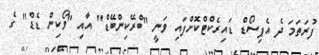
ފުރަތަމަ ދެ އެޕިސޯޑް ޑައިރެކްޓްކޮށްފައި ވަނީ "ބްރޭކިންބޭޑް" އާއި "ވޯކިން ޑެޑް" ގެ